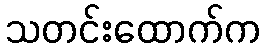
သတင်းထောက်က